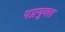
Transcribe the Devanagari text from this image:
पप्रयुक्त